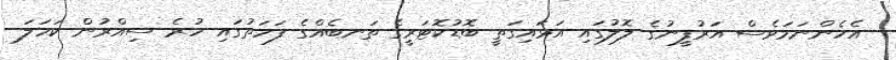
އެހެންނަމަވެސް އަރުފީނުގެ ލޮލުގައި އަޅައިގަތީ ބޮޑުކޮޓަރީގެ ތަނބެއްގެ ފަހަތުގައި ހުރެ ސިއްރުން ކަހަލަ